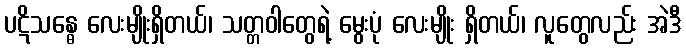
ပဋိသန္ဓေ လေးမျိုးရှိတယ်၊ သတ္တဝါတွေရဲ့ မွေးပုံ လေးမျိုး ရှိတယ်၊ လူတွေလည်း အဲဒီ